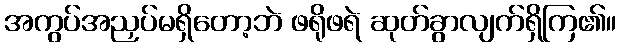
အကွပ်အညှပ်မရှိတော့ဘဲ ဖရိုဖရဲ ဆုတ်ခွာလျက်ရှိကြ၏။